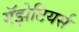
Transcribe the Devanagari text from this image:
गॅझेटियर्स